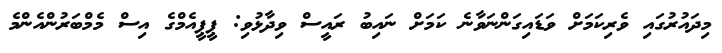
މިދައުރުގައި ވެރިކަމަށް ވަޑައިގަންނަވާނެ ކަމަށް ނައިބު ރައީސް ވިދާޅުވި: ޕީޕީއެމްގެ އިސް މެމްބަރުންއެންމެ